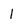
Character: l